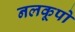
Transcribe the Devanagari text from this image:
नलकूपो